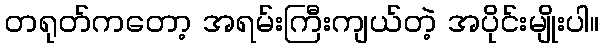
တရုတ်ကတော့ အရမ်းကြီးကျယ်တဲ့ အပိုင်းမျိုးပါ။